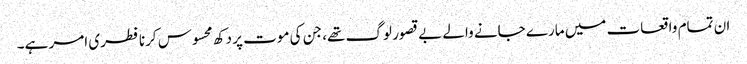
ان تمام واقعات میں مارے جانے والے بے قصور لوگ تھے، جن کی موت پر دکھ محسوس کرنا فطری امر ہے۔